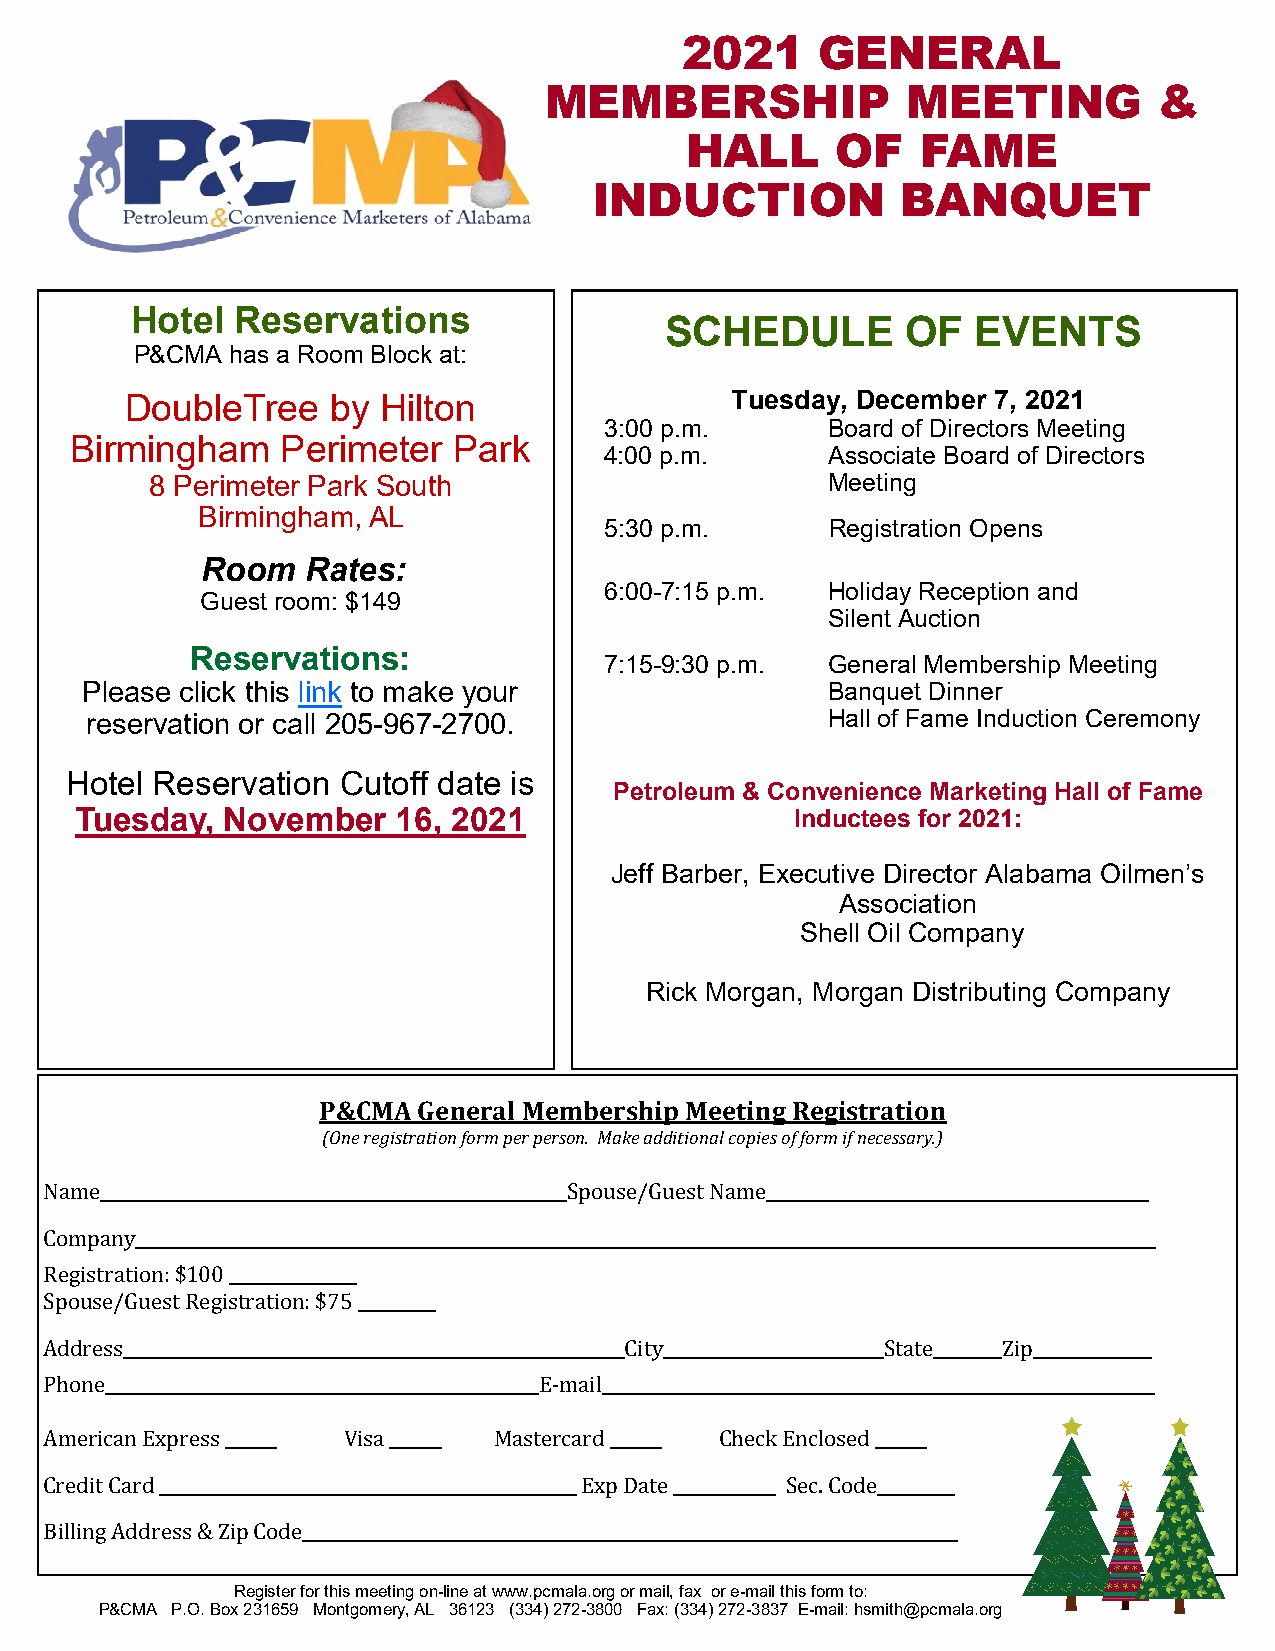
2021     GENERAL
 MEMBERSHIP              MEETING          &
 HALL      OF    FAME
 INDUCTION            BANQUET
 Hotel  Reservations
 SCHEDULE        OF   EVENTS
 P&CMA has a Room Block at:
 DoubleTree    by Hilton                 Tuesday, December 7, 2021
 3:00 p.m.      Board of Directors Meeting
 Birmingham    Perimeter  Park
 4:00 p.m.      Associate Board of Directors
 8 Perimeter Park South                       Meeting
 Birmingham, AL
 5:30 p.m.      Registration Opens
 Room   Rates:
 6:00-7:15 p.m. Holiday Reception and
 Guest room: $149
 Silent Auction
 Reservations:
 7:15-9:30 p.m. General Membership Meeting
 Please click this link to make your               Banquet Dinner
 reservation or call 205-967-2700.                Hall of Fame Induction Ceremony
 Hotel Reservation Cutoff date is
 Petroleum & Convenience Marketing Hall of Fame
 Tuesday,  November   16, 2021                   Inductees for 2021:
 Jeff Barber, Executive Director Alabama Oilmen’s
 Association
 Shell Oil Company
 Rick Morgan, Morgan Distributing Company
 P&CMA  General Membership Meeting Registration
 (One registration form per person. Make additional copies of form if necessary.)
 Name_______________________________________________________Spouse/Guest Name_____________________________________________
 Company________________________________________________________________________________________________________________________
 Registration: $100 _______________
 Spouse/Guest Registration: $75 _________
 Address___________________________________________________________City__________________________State________Zip______________
 Phone___________________________________________________E-mail_________________________________________________________________
 American Express ______ Visa ______ Mastercard ______ Check Enclosed ______
 Credit Card _________________________________________________ Exp Date ____________ Sec. Code_________
 Billing Address & Zip Code_____________________________________________________________________________
 Register for this meeting on-line at www.pcmala.org or mail, fax or e-mail this form to:
 P&CMA P.O. Box 231659 Montgomery, AL 36123 (334) 272-3800 Fax: (334) 272-3837 E-mail: hsmith@pcmala.org